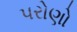
પરોણો